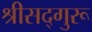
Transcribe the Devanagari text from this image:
श्रीसद्गुरू